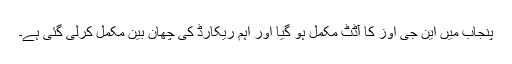
پنجاب میں این جی اوز کا آڈٹ مکمل ہو گیا اور اہم ریکارڈ کی چھان بین مکمل کرلی گئی ہے۔